Vaccination North-Western Provinces and Oudh 1878-1895 - 1878-1895
Year: 1878
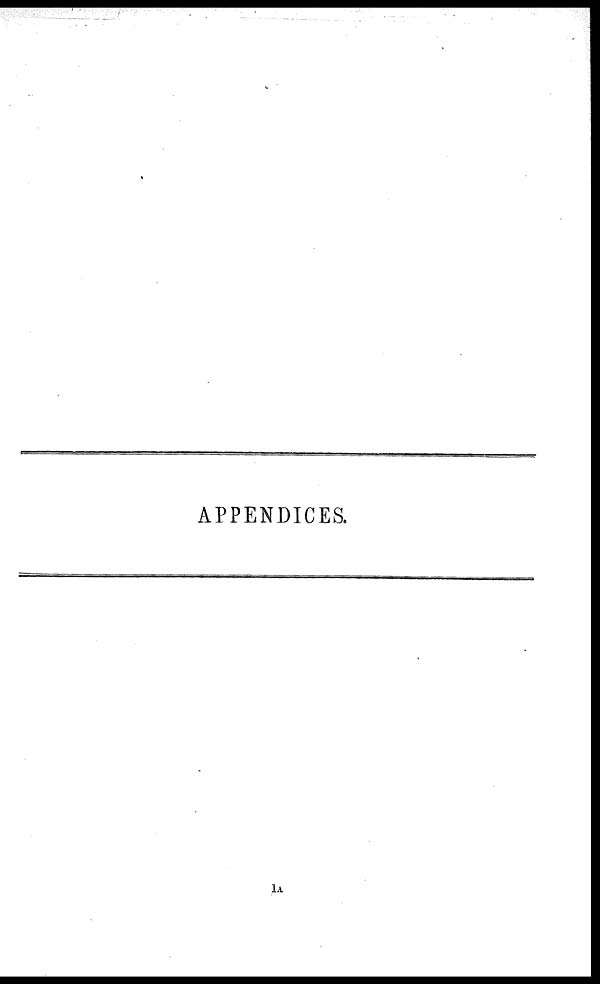
APPENDICES.
1A